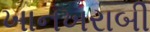
ખાનખરાબી